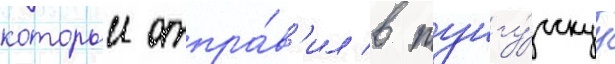
которыи отпра́в'ил в тунгу́сскуу